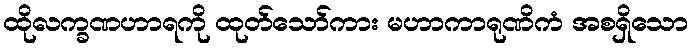
ထိုလက္ခဏဟာရကို ထုတ်သော်ကား မဟာကာရုဏိကံ အစရှိသော